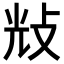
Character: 𢼯